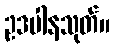
ဥဒပါနသုတ်။